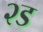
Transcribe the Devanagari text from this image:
२ड